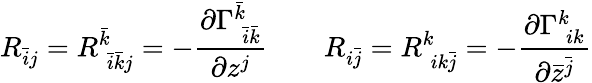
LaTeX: R_{{\bar{i}}j}=R_{\; {\bar{i}}{\bar{k}}j}^{\bar{k}}=-{\frac{\partial\Gamma_{\; {\bar{i}}{\bar{k}}}^{\bar{k}}}{\partial z^{j}}}\qquad R_{i{\bar{j}}}=R_{\; ik{\bar{j}}}^{k}=-{\frac{\partial\Gamma_{\; ik}^{k}}{\partial{\bar{z}}^{\bar{j}}}}